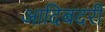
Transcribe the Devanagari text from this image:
आदिबदरी